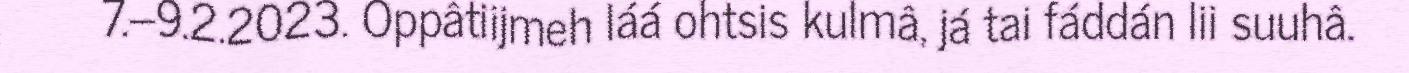
7.–9.2.2023. Oppâtiijmeh láá ohtsis kulmâ, já tai fáddán lii suuhâ.